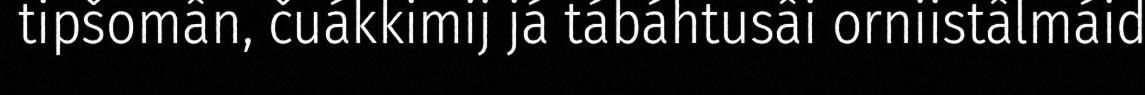
tipšomân, čuákkimij já tábáhtusâi orniistâlmáid